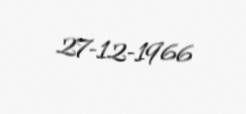
27-12-1966